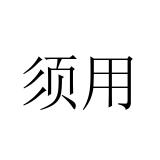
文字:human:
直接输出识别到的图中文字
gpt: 须用